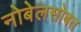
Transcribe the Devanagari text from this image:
नोबेलसोबत